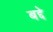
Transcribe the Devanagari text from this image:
बद्दे